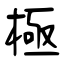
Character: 極